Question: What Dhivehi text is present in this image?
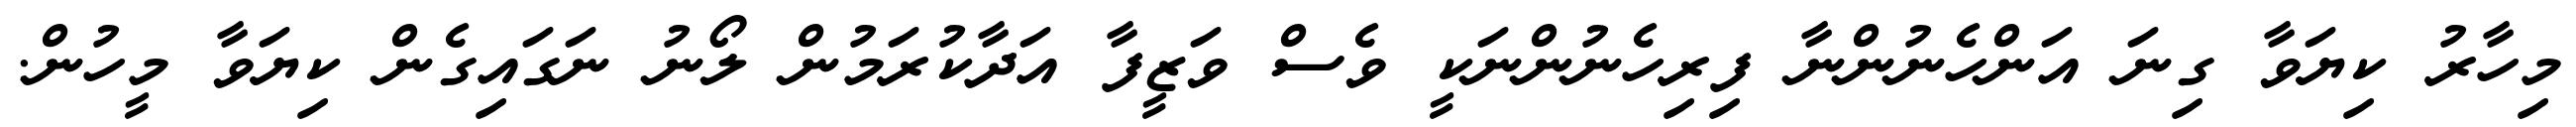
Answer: މިހާރު ކިޔަވާ ގިނަ އަންހެނުންނާ ފިރިހެނުންނަކީ ވެސް ވަޒީފާ އަދާކުރަމުން ލޯނު ނަގައިގެން ކިޔަވާ މީހުން.